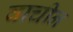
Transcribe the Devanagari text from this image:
वाचीन